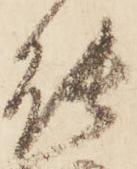
能